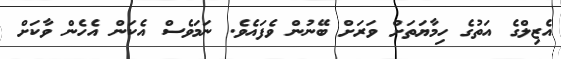
އެޒިލްގެ އަތުގެ ހިމާޔަތަށް ވަރަށް ބޭނުން ވެފައެވެ. ނަމަވެސް އެކަން އެހެން ވާކަށް